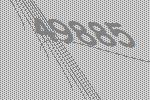
49885